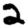
Digit: 2